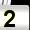
Digit: 2